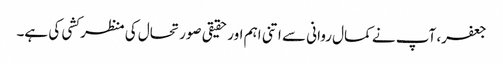
جعفر، آپ نے کمال روانی سے اتنی اہم اور حقیقی صورتحال کی منظر کشی کی ہے۔